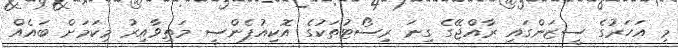
މި އަހަރުގެ ސީޒަންގައި ރާއްޖޭގެ ގިނަ ރިސޯޓުތަކުގެ އޮކިއުޕެންސީ މަތިވާއިރު މިކަމަށް ބައެއް